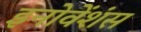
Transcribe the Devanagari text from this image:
इनोवेंशंस